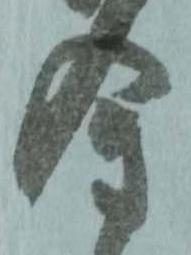
会